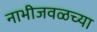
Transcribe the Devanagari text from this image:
नाभीजवळच्या